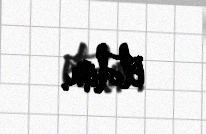
etdim.